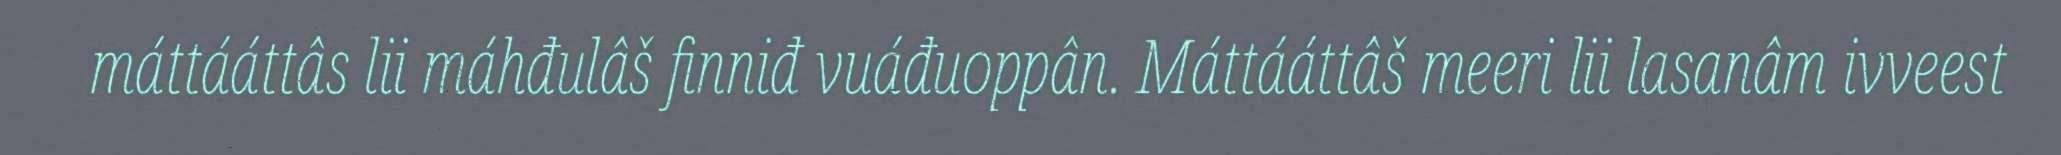
máttááttâs lii máhđulâš finniđ vuáđuoppân. Máttááttâš meeri lii lasanâm ivveest